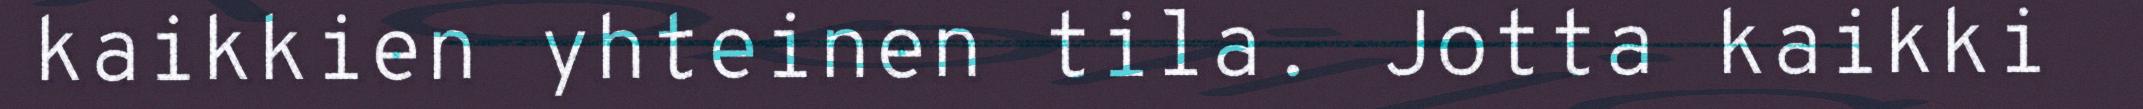
kaikkien yhteinen tila. Jotta kaikki